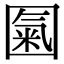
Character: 𡈏